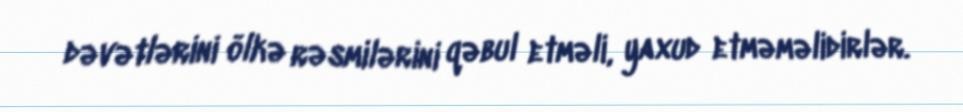
dəvətlərini ölkə rəsmilərini qəbul etməli, yaxud etməməlidirlər.